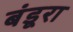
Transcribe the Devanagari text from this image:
बंडूरा